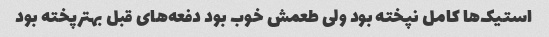
استیک‌ها کامل نپخته بود ولی طعمش خوب بود دفعه‌های قبل بهترپخته بود